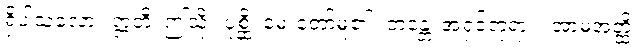
ရှိပါသလော။ ဣတိ၊ ဤသို့။ ပုစ္ဆိ၊ မေးတော်မူ၏။ ဘန္တေ၊ အရှင်ဘုရား။ အာမအတ္ထိ၊